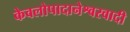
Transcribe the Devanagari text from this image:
केवलोपादानेश्वरवादी